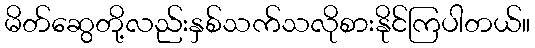
မိတ်ဆွေတို့လည်းနှစ်သက်သလိုစားနိုင်ကြပါတယ်။